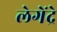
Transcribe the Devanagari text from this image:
लेगेंद्रे